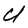
Character: U